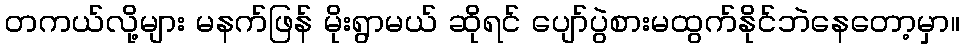
တကယ်လို့များ မနက်ဖြန် မိုးရွာမယ် ဆိုရင် ပျော်ပွဲစားမထွက်နိုင်ဘဲနေတော့မှာ။